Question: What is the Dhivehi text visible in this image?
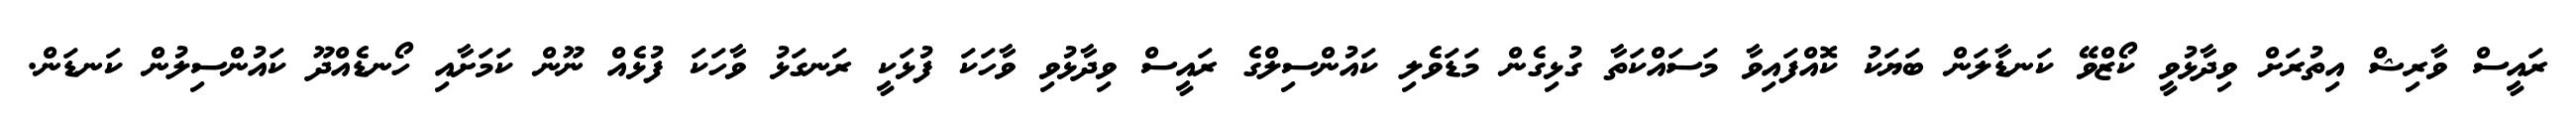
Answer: ރައީސް ވާރިޝް އިތުރަށް ވިދާޅުވީ ކޯޒްވޭ ކަނޑާލަން ބަޔަކު ކޮއްފައިވާ މަސައްކަތާ ގުޅިގެން މަޑަވެލި ކައުންސިލްގެ ރައީސް ވިދާޅުވި ވާހަކަ ފުޅަކީ ރަނގަޅު ވާހަކަ ފުޅެއް ނޫން ކަމަށާއި ހޯނޑެއްދޫ ކައުންސިލުން ކަނޑަން.